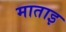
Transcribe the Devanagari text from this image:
माताइ